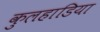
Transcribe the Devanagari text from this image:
कुलहाडिया